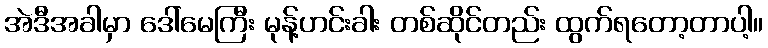
အဲဒီအခါမှာ ဒေါ်မေကြီး မုန့်ဟင်းခါး တစ်ဆိုင်တည်း ထွက်ရတော့တာပါ့။